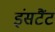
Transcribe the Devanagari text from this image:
इंसटैंट